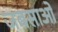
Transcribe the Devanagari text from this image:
जबसाओ